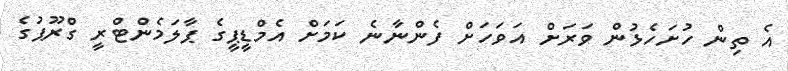
އެ ތިން ހުށަހެޅުން ވަރަށް އަވަަހަށް ފެންނާނެ ކަަމަށް އެމްޑީޕީގެ ޕާލަމެންޓްރީ ގްރޫޕުގެ